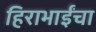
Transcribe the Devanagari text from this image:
हिराभाईंचा